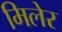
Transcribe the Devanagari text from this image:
मिलेर